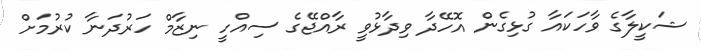
ޝަކީލާގެ ވާހަކައާ ގުޅިގެން އޮހޭދާ ވިދާޅުވީ ރާއްޖޭގެ ސިއްހީ ނިޒާމް ހަރުދަނާ ކުރުމަށް